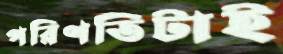
পরিণতিটাই